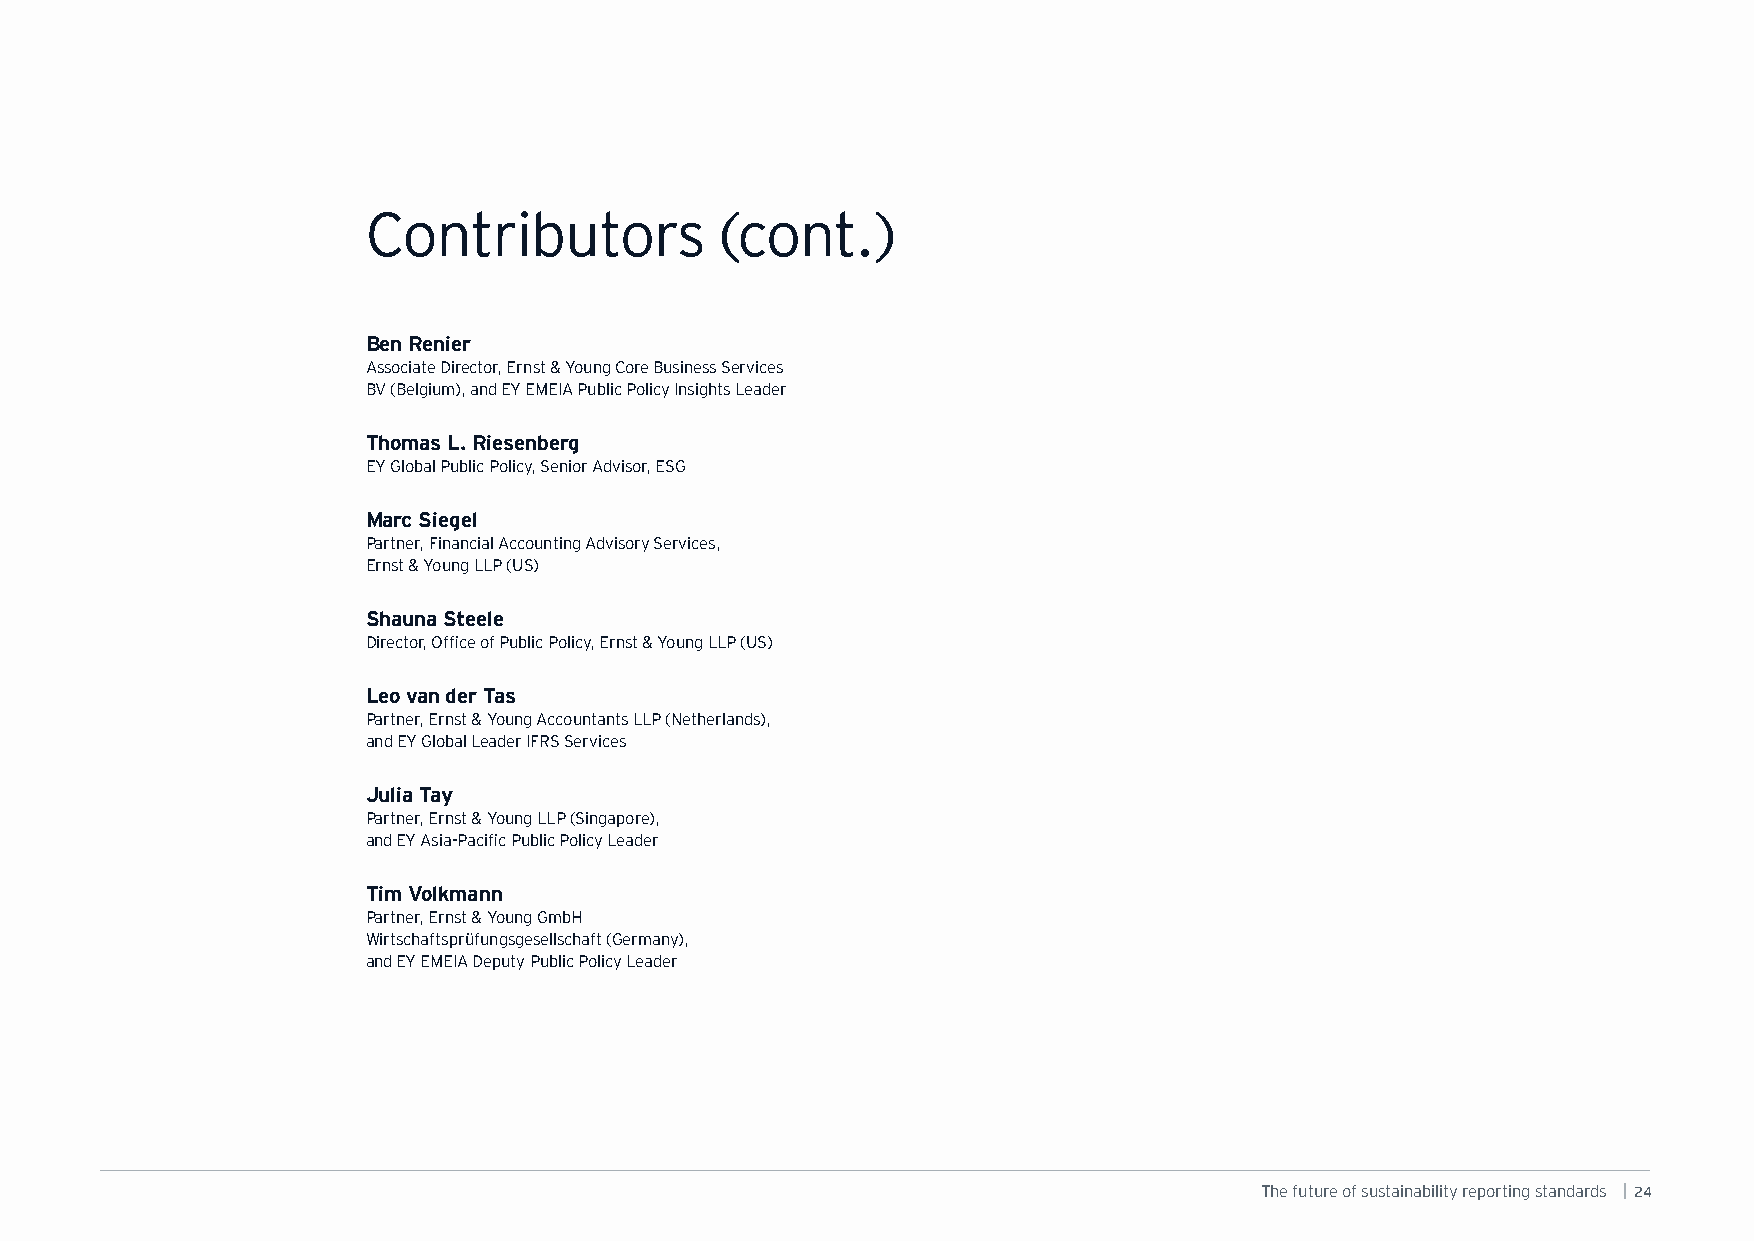
Contributors            (cont.)
 Ben Renier
 Associate Director, Ernst & Young Core Business Services
 BV (Belgium), and EY EMEIA Public Policy Insights Leader
 Thomas L. Riesenberg
 EY Global Public Policy, Senior Advisor, ESG
 Marc Siegel
 Partner, Financial Accounting Advisory Services,
 Ernst & Young LLP (US)
 Shauna Steele
 Director, Office of Public Policy, Ernst & Young LLP (US)
 Leo van der Tas
 Partner, Ernst & Young Accountants LLP (Netherlands),
 and EY Global Leader IFRS Services
 Julia Tay
 Partner, Ernst & Young LLP (Singapore),
 and EY Asia-Pacific Public Policy Leader
 Tim Volkmann
 Partner, Ernst & Young GmbH
 Wirtschaftsprüfungsgesellschaft (Germany),
 and EY EMEIA Deputy Public Policy Leader
 The future of sustainability reporting standards | 24